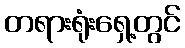
တရားရုံးရှေ့တွင်